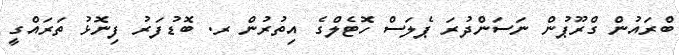
ބްރައުން ގްރޫޕުން ނަސަންދުރަ ޕެލަސް ހޮޓެލްގެ އިތުރުން ރ. ބޮޑުފަރު ފިނޮޅު ތަރައްގީ